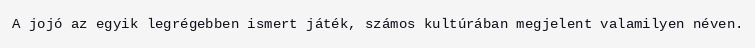
A jojó az egyik legrégebben ismert játék, számos kultúrában megjelent valamilyen néven.